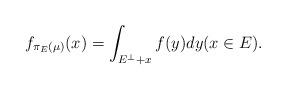
LaTeX: \begin{align*}f_{\pi_E(\mu)}(x) = \int_{E^{\perp}+x} f(y)dy (x\in E).\end{align*}